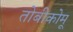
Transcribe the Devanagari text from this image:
तोबीकोमू